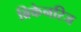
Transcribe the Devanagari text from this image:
ब्रिकेनरिज